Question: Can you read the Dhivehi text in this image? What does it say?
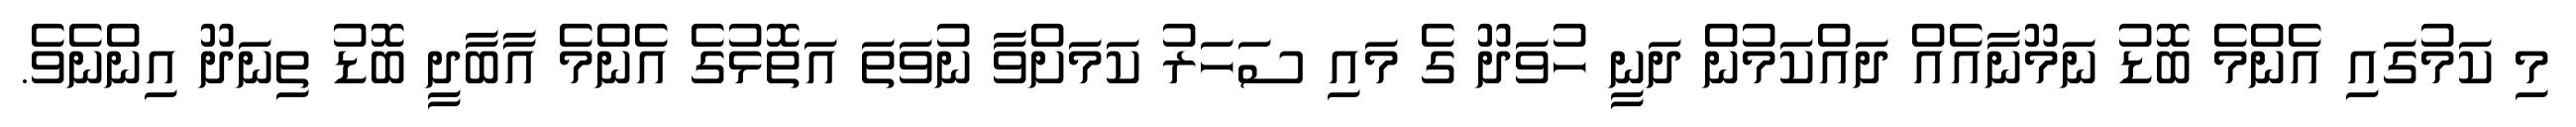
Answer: މި ކަމުގައި އެންމެ ބޮޑު ނަމޫނާއެއް ދައްކަމުން ދަނީ ހުވަދޫ ގެ މައި ސަހަރު ކަމަށްވާ ނުވަތަ އަތޮޅުގެ އެންމެ އާބާދީ ބޮޑު ތިނަދޫ އިންނެވެ.